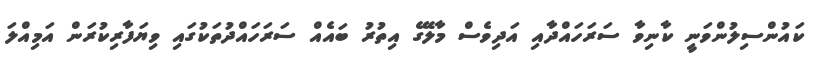
ކައުންސިލުންވަނީ ކާނިވާ ސަރަހައްދާއި އަދިވެސް މާލޭގެ އިތުރު ބައެއް ސަރަހައްދުތަކުގައި ވިޔަފާރިކުރަން އަމިއްލަ